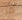
من